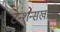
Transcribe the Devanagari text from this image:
टेन्शन्सखाली